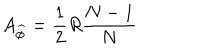
A _ { \widehat { \phi } } = \frac { 1 } { 2 } R \frac { N - 1 } { N }